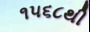
૧૫૬૮થી